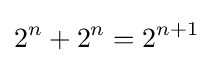
2^{n}+2^{n}=2^{n+1}